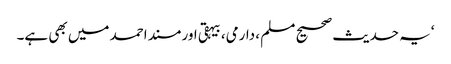
‘یہ حدیث صحیح مسلم ، دارمی، بیہقی اور مسند احمد میں بھی ہے۔